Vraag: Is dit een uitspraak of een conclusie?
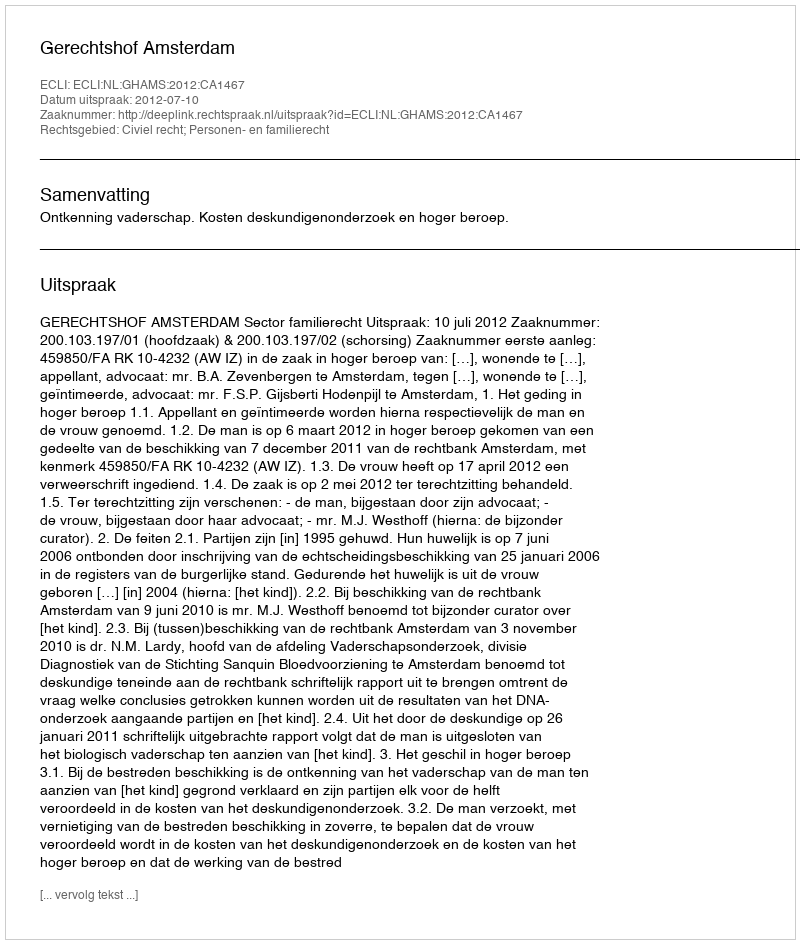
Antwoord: Uitspraak